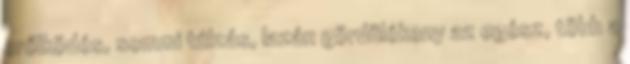
erőlködés, semmi túlzás, lazán gördülékeny az egész, több a